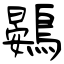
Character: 鷃